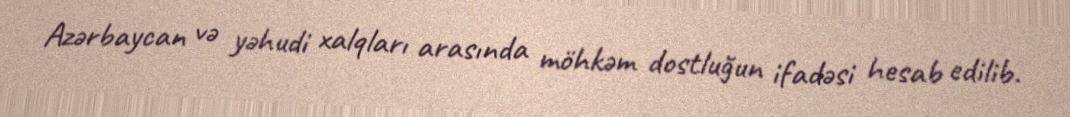
Azərbaycan və yəhudi xalqları arasında möhkəm dostluğun ifadəsi hesab edilib.